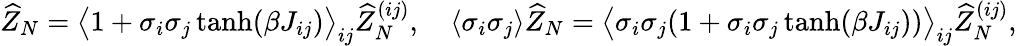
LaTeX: \widehat Z_{N}=\big\langle 1+\sigma_{i}\sigma_{j}\operatorname{tanh}(\beta J_{ij})\big\rangle_{ij}\widehat Z_{N}^{(ij)},\quad\langle\sigma_{i}\sigma_{j}\rangle\widehat Z_{N}=\big\langle\sigma_{i}\sigma_{j}(1+\sigma_{i}\sigma_{j}\operatorname{tanh}(\beta J_{ij}))\big\rangle_{ij}\widehat Z_{N}^{(ij)},